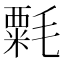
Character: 𣯼